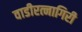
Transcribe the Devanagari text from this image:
वाडीरत्नागिरी